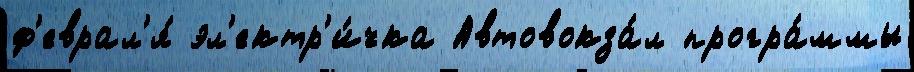
ф'еврал'я́ эл'ектр'и́чка Автовокза́л програ́ммы